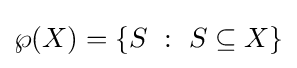
\wp (X)=\{S~:~S\subseteq X\}